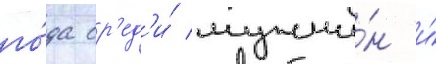
го́да ср'ед'и́ мужчи́н и́